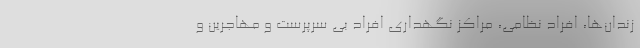
زندان‌ها، افراد نظامی، مراکز نگهداری افراد بی سرپرست و مهاجرین و